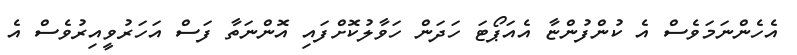
އެހެންނަމަވެސް އެ ކުންފުންޏާ އެއަޕޯޓަ ހަދަން ހަވާލުކޮށްފައި އޮންނަތާ ފަސް އަހަރުވީއިރުވެސް އެ